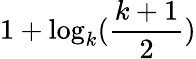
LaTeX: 1+\log_{k}(\frac{k+1}{2})